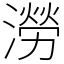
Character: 澇